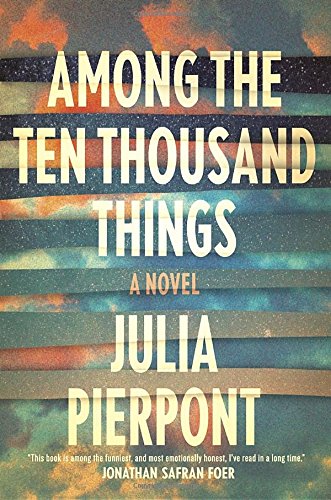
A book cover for Among the Ten Thousand Things: A Novel; Julia Pierpont; Literature & Fiction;